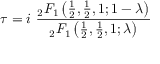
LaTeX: \tau = i \ { \frac { { } _ { 2 } F _ { 1 } \left( { \frac { 1 } { 2 } } , { \frac { 1 } { 2 } } , 1 ; 1 - \lambda \right) } { { } _ { 2 } F _ { 1 } \left( { \frac { 1 } { 2 } } , { \frac { 1 } { 2 } } , 1 ; \lambda \right) } }